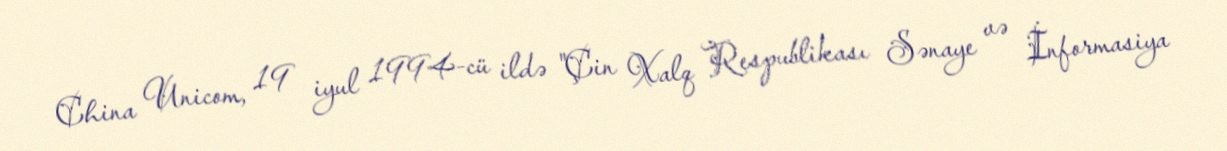
China Unicom, 19 iyul 1994-cü ildə "Çin Xalq Respublikası Sənaye və İnformasiya